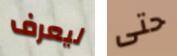
ليعرف حتى